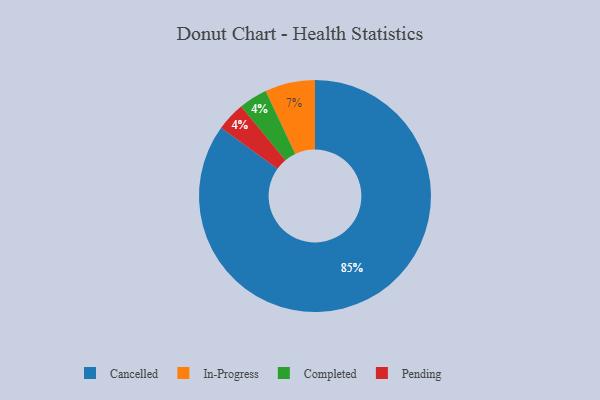
{"axis": {"x": "Category", "y": "Percentage"}, "legend": ["Cancelled", "Completed", "In-Progress", "Pending"], "data": [{"x": "In-Progress", "y": 7, "type": "In-Progress"}, {"x": "Cancelled", "y": 85, "type": "Cancelled"}, {"x": "Completed", "y": 4, "type": "Completed"}, {"x": "Pending", "y": 4, "type": "Pending"}]}